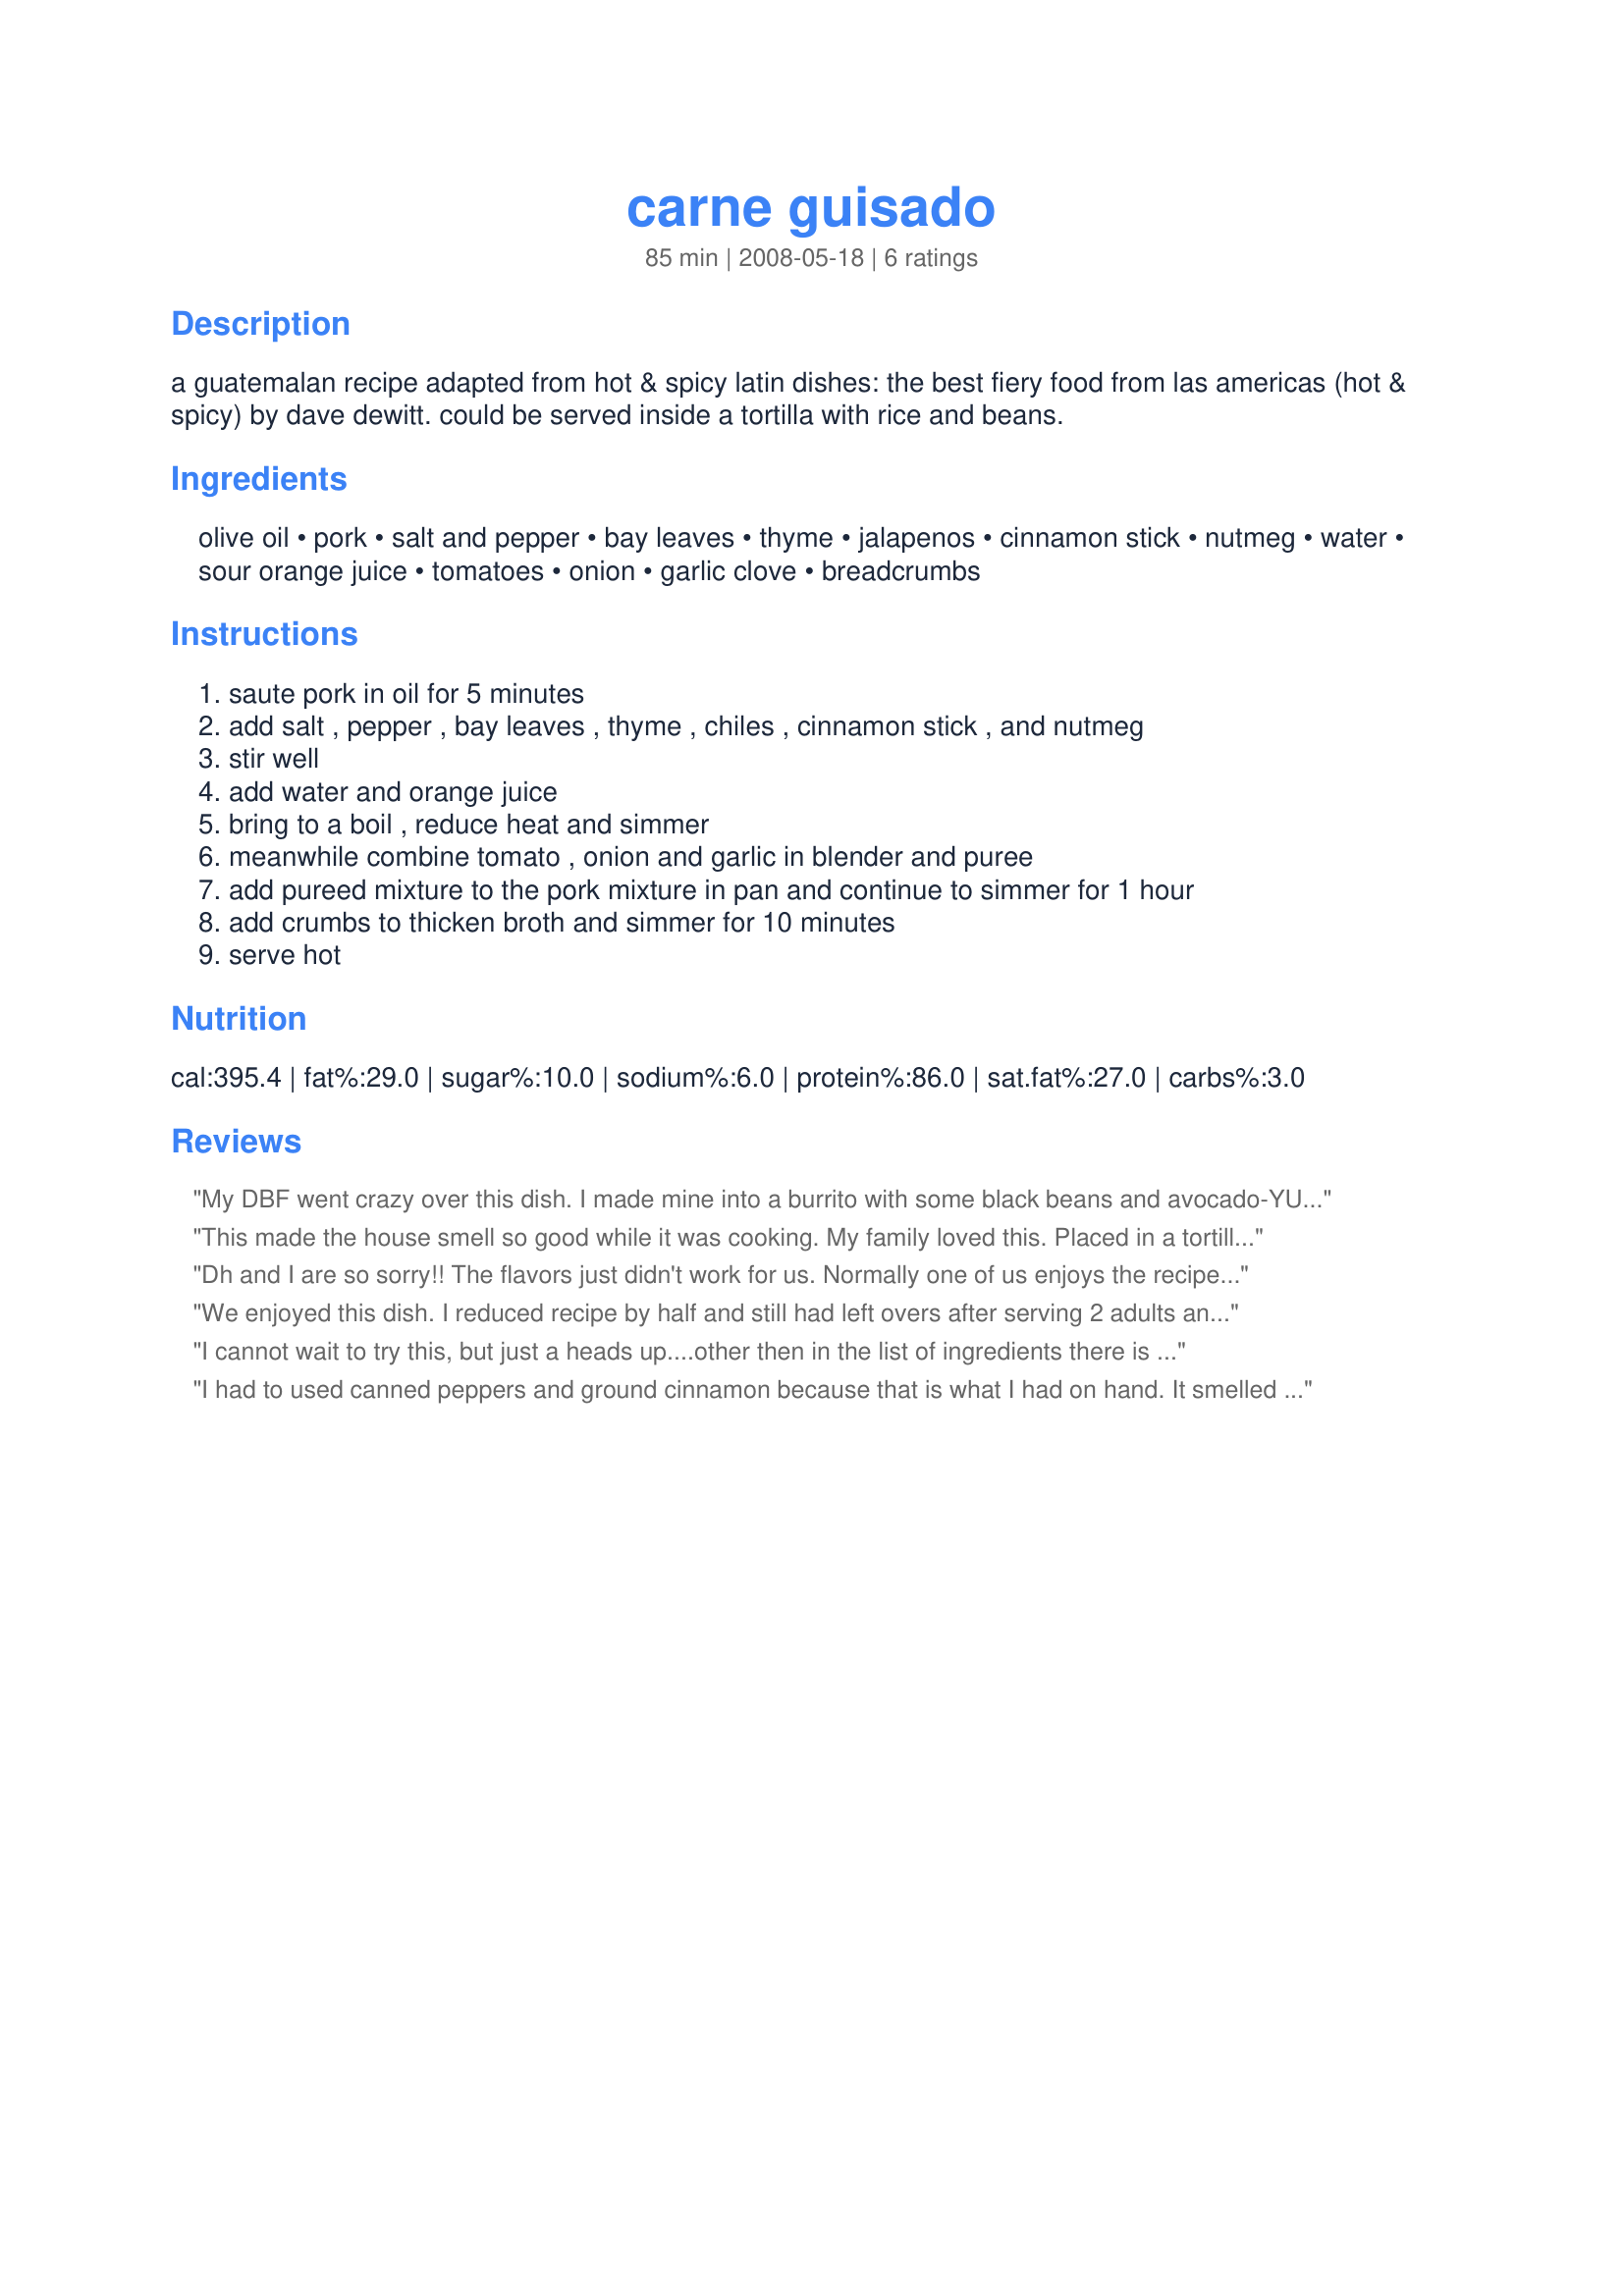
carne guisado
Preparation time: 85 minutes

a guatemalan recipe adapted from hot & spicy latin dishes: the best fiery food from las americas (hot & spicy) by dave dewitt. could be served inside a tortilla with rice and beans.

Ingredients:
olive oil, pork, salt and pepper, bay leaves, thyme, jalapenos, cinnamon stick, nutmeg, water, sour orange juice, tomatoes, onion, garlic clove, breadcrumbs

Steps:
saute pork in oil for 5 minutes, add salt , pepper , bay leaves , thyme , chiles , cinnamon stick , and nutmeg, stir well, add water and orange juice, bring to a boil , reduce heat and simmer, meanwhile combine tomato , onion and garlic in blender and puree, add pureed mixture to the pork mixture in pan and continue to simmer for 1 hour, add crumbs to thicken broth and simmer for 10 minutes, serve hot

Reviews:
My DBF went crazy over this dish. I made mine into a burrito with some black beans and avocado-YUM!!! This didn't have too much heat, but had a nice flavor from the spices. I had to use a canned tomato as we are have a tomato scare in the states right now. I also just realized that I forgot to add the breadcrumbs, however my sauce had a nice thickness and I didn't need it. I made this for the ZWT 4 .
This made the house smell so good while it was cooking. My family loved this. Placed in a tortilla. Made for Tastebud Tickling Travellers for ZWT4.
Dh and I are so sorry!! The flavors just didn't work for us. Normally one of us enjoys the recipe...but this time it just didn't work. Nutmeg and Cinnamon with pork?? We both thought...what the hey, maybe...I made as posted. Just wasn't our cup of tea. Thank for letting us try your recipe. :)
We enjoyed this dish. I reduced recipe by half and still had left overs after serving 2 adults and 2 kids, so the portions are generous. I used pork tenderloin. I did not add breadcrumbs and instead chose to let the sauce reduce by itself.
I cannot wait to try this, but just a heads up....other then in the list of ingredients there is no mention of what to do with the garlic. It would seem logical to be added at the time of sauteing the onions, etc.
I had to used canned peppers and ground cinnamon because that is what I had on hand. It smelled so good while simmering on the stove. It looked really good too, UNTIL I added the breadcrumbs. Everyone agreed that it looked gross BUT they ate it, and even had seconds!! I was afraid to would be too spicy for some family members, but it wasn't at all. I served this over brown rice with roasted asparagus on the side.
